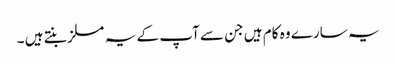
یہ سارے وہ کام ہیں جن سے آپ کے یہ مسلز بنتے ہیں ۔